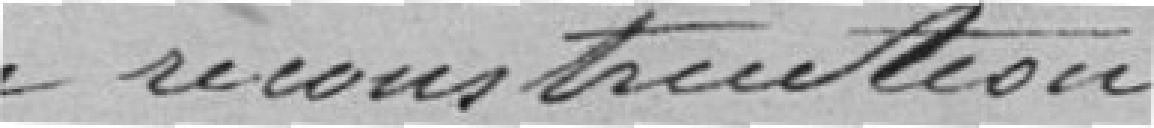
pour reconstruction